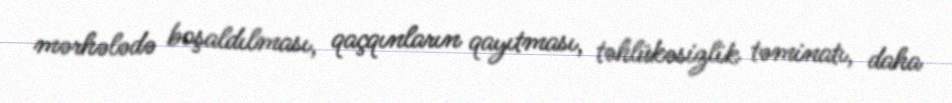
mərhələdə boşaldılması, qaçqınların qayıtması, təhlükəsizlik təminatı, daha